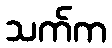
သက်က